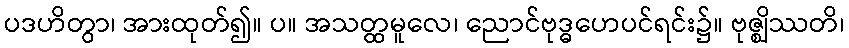
ပဒဟိတွာ၊ အားထုတ်၍။ ပ။ အသတ္ထမူလေ၊ ညောင်ဗုဒ္ဓဟေပင်ရင်း၌။ ဗုဇ္ဈိဿတိ၊